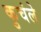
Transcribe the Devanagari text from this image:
कुचंले